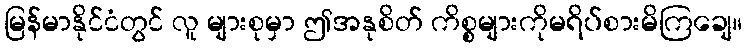
မြန်မာနိုင်ငံတွင် လူ များစုမှာ ဤအနုစိတ် ကိစ္စများကိုမရိပ်စားမိကြချေ။